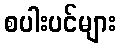
စပါးပင်များ